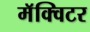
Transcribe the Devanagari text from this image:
मॅक्विटर